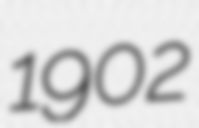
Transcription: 1902